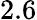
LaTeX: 2.6